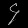
Digit: ၄